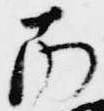
南